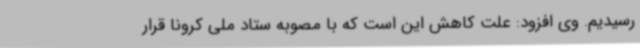
رسیدیم. وی افزود: علت کاهش این است که با مصوبه ستاد ملی کرونا قرار